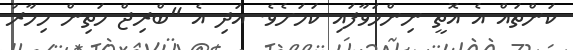
ކަންތައް އެ އޮތީ ނިންމަވާފައި ކަމަށެވެ. އަދި އެ "ބްރިޖް މަތިން މިހާރު